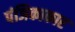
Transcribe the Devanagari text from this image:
पंजिकाकार